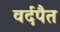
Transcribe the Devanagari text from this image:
वर्दपैत